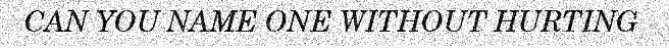
CAN YOU NAME ONE WITHOUT HURTING